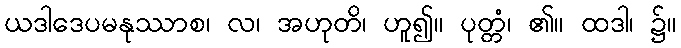
ယဒါဒေပမနုဿာစ၊ လ၊ အဟုတိ၊ ဟူ၍။ ပုတ္တံ၊ ၏။ ထဒါ၊ ၌။